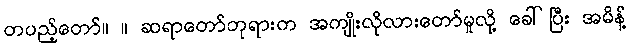
တပည့်တော်။ ။ ဆရာတော်ဘုရားက အကျိုးလိုလားတော်မူလို့ ခေါ်ပြီး အမိန့်